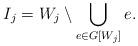
LaTeX: \begin{align*}I_j=W_j\setminus \bigcup_{e\in G[W_j]}e.\end{align*}